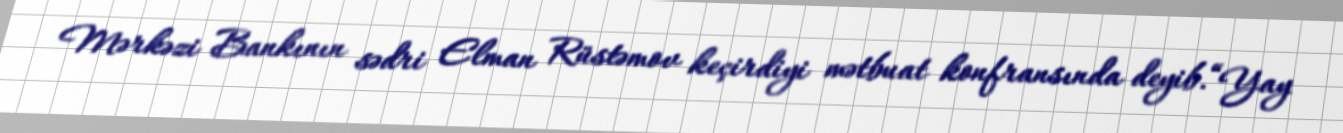
Mərkəzi Bankının sədri Elman Rüstəmov keçirdiyi mətbuat konfransında deyib.“Yay